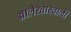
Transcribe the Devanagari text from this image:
आलेखाखाली